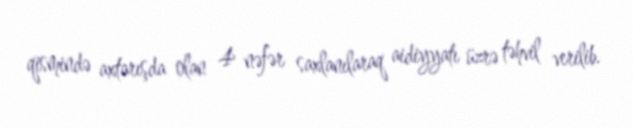
qismində axtarışda olan 4 nəfər saxlanılaraq aidiyyatı üzrə təhvil verilib.